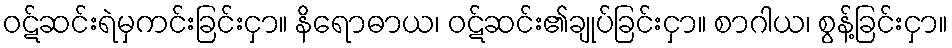
ဝဋ်ဆင်းရဲမှကင်းခြင်းငှာ။ နိရောဓာယ၊ ဝဋ်ဆင်း၏ချုပ်ခြင်းငှာ။ စာဂါယ၊ စွန့်ခြင်းငှာ။